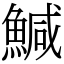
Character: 鰔